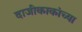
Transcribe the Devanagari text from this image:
दाजीकाकांच्या